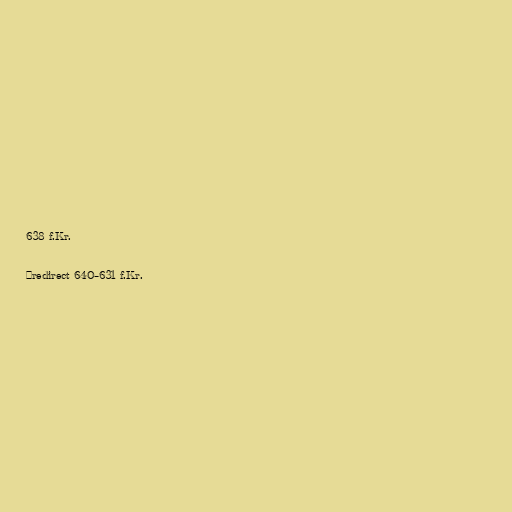
638 f.Kr.

#redirect 640–631 f.Kr.